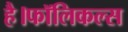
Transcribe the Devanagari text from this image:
है।फॉलिकल्स